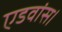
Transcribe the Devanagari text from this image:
एडवांस।